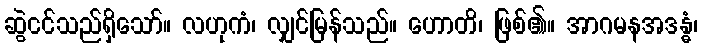
ဆွဲငင်သည်ရှိသော်။ လဟုကံ၊ လျှင်မြန်သည်။ ဟောတိ၊ ဖြစ်၏။ အာဂမနအဒန္ဓံ၊